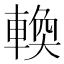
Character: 𬧸